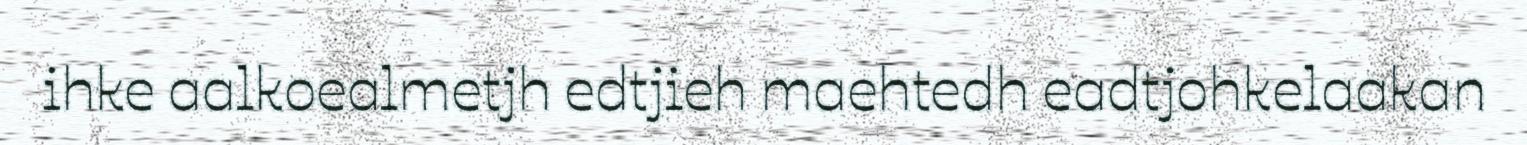
ihke aalkoealmetjh edtjieh maehtedh eadtjohkelaakan